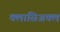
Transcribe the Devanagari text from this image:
क्लासिअक्ल